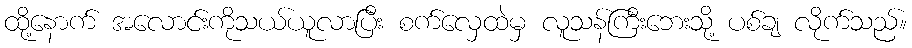
ထို့နောက် အလောင်းကိုသယ်ယူလာပြီး စက်လှေထဲမှ လူသန်ကြီးဘေးသို့ ပစ်ချ လိုက်သည်။